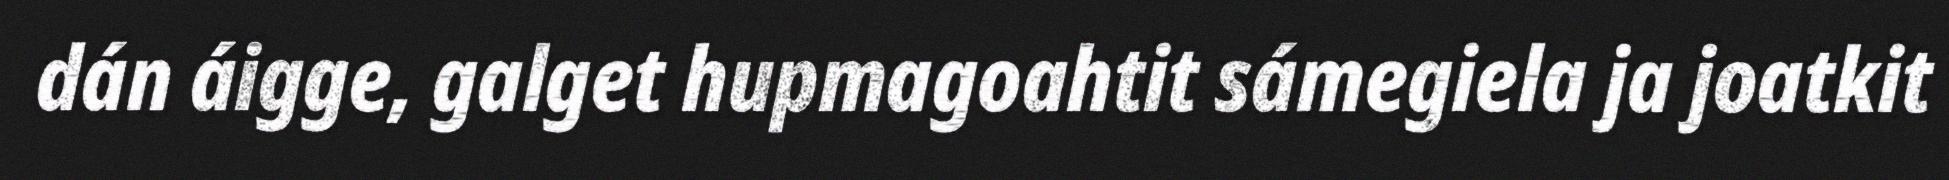
dán áigge, galget hupmagoahtit sámegiela ja joatkit